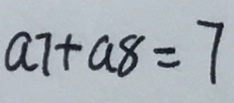
a 7 + a 8 = 7